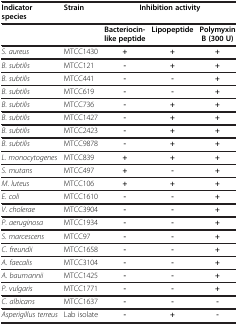
<table><thead><tr><td><b>Indicator species</b></td><td><b>Strain</b></td><td colspan="3"><b>Inhibition activity</b></td></tr><tr><td><b> </b></td><td><b> </b></td><td><b>Bacteriocin-like peptide</b></td><td><b>Lipopeptide</b></td><td><b>Polymyxin B (300 U)</b></td></tr></thead><tbody><tr><td><i>S</i>. <i>aureus</i></td><td>MTCC1430</td><td><b>+</b></td><td><b>+</b></td><td><b>+</b></td></tr><tr><td><i>B</i>. <i>subtilis</i></td><td>MTCC121</td><td><b>-</b></td><td><b>+</b></td><td><b>+</b></td></tr><tr><td><i>B</i>. <i>subtilis</i></td><td>MTCC441</td><td><b>-</b></td><td><b>-</b></td><td><b>+</b></td></tr><tr><td><i>B</i>. <i>subtilis</i></td><td>MTCC619</td><td><b>-</b></td><td><b>-</b></td><td><b>+</b></td></tr><tr><td><i>B</i>. <i>subtilis</i></td><td>MTCC736</td><td><b>-</b></td><td><b>+</b></td><td><b>+</b></td></tr><tr><td><i>B</i>. <i>subtilis</i></td><td>MTCC1427</td><td><b>-</b></td><td><b>+</b></td><td><b>+</b></td></tr><tr><td><i>B</i>. <i>subtilis</i></td><td>MTCC2423</td><td><b>-</b></td><td><b>+</b></td><td><b>+</b></td></tr><tr><td><i>B</i>. <i>subtilis</i></td><td>MTCC9878</td><td><b>-</b></td><td><b>+</b></td><td><b>+</b></td></tr><tr><td><i>L. monocytogenes</i></td><td>MTCC839</td><td><b>+</b></td><td><b>+</b></td><td><b>+</b></td></tr><tr><td><i>S</i>. <i>mutans</i></td><td>MTCC497</td><td><b>+</b></td><td><b>-</b></td><td><b>+</b></td></tr><tr><td><i>M</i>. <i>luteus</i></td><td>MTCC106</td><td><b>+</b></td><td><b>+</b></td><td><b>+</b></td></tr><tr><td><i>E</i>. <i>coli</i></td><td>MTCC1610</td><td><b>-</b></td><td><b>-</b></td><td><b>+</b></td></tr><tr><td><i>V</i>. <i>cholerae</i></td><td>MTCC3904</td><td><b>-</b></td><td><b>-</b></td><td><b>+</b></td></tr><tr><td><i>P</i>. <i>aeruginosa</i></td><td>MTCC1934</td><td><b>-</b></td><td><b>-</b></td><td><b>+</b></td></tr><tr><td><i>S</i>. <i>marcescens</i></td><td>MTCC97</td><td><b>-</b></td><td><b>-</b></td><td><b>+</b></td></tr><tr><td><i>C</i>. <i>freundii</i></td><td>MTCC1658</td><td><b>-</b></td><td><b>-</b></td><td><b>+</b></td></tr><tr><td><i>A</i>. <i>faecalis</i></td><td>MTCC3104</td><td><b>-</b></td><td><b>-</b></td><td><b>+</b></td></tr><tr><td><i>A</i>. <i>baumannii</i></td><td>MTCC1425</td><td><b>-</b></td><td><b>-</b></td><td><b>+</b></td></tr><tr><td><i>P</i>. <i>vulgaris</i></td><td>MTCC1771</td><td><b>-</b></td><td><b>-</b></td><td><b>+</b></td></tr><tr><td><i>C</i>. <i>albicans</i></td><td>MTCC1637</td><td><b>-</b></td><td><b>-</b></td><td><b>-</b></td></tr><tr><td><i>Asperigillus terreus</i></td><td>Lab isolate</td><td><b>-</b></td><td><b>+</b></td><td><b>-</b></td></tr></tbody></table>